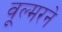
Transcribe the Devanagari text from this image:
वूल्मरने